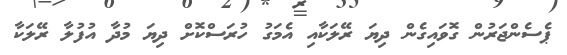
ޕެސެންޖަރުން ގޮވައިގެން ދިޔަ ރޭލަކާއި އެމަގު ހުރަސްކޮށް ދިޔަ މުދާ އުފުލާ ރޭލަކާ